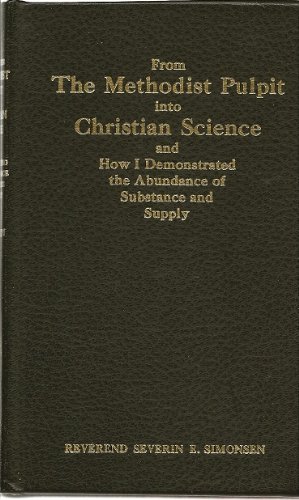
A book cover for From the Methodist pulpit into Christian Science: And how I demonstrated the abundance of substance and supply; Severin E Simonsen; Christian Books & Bibles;